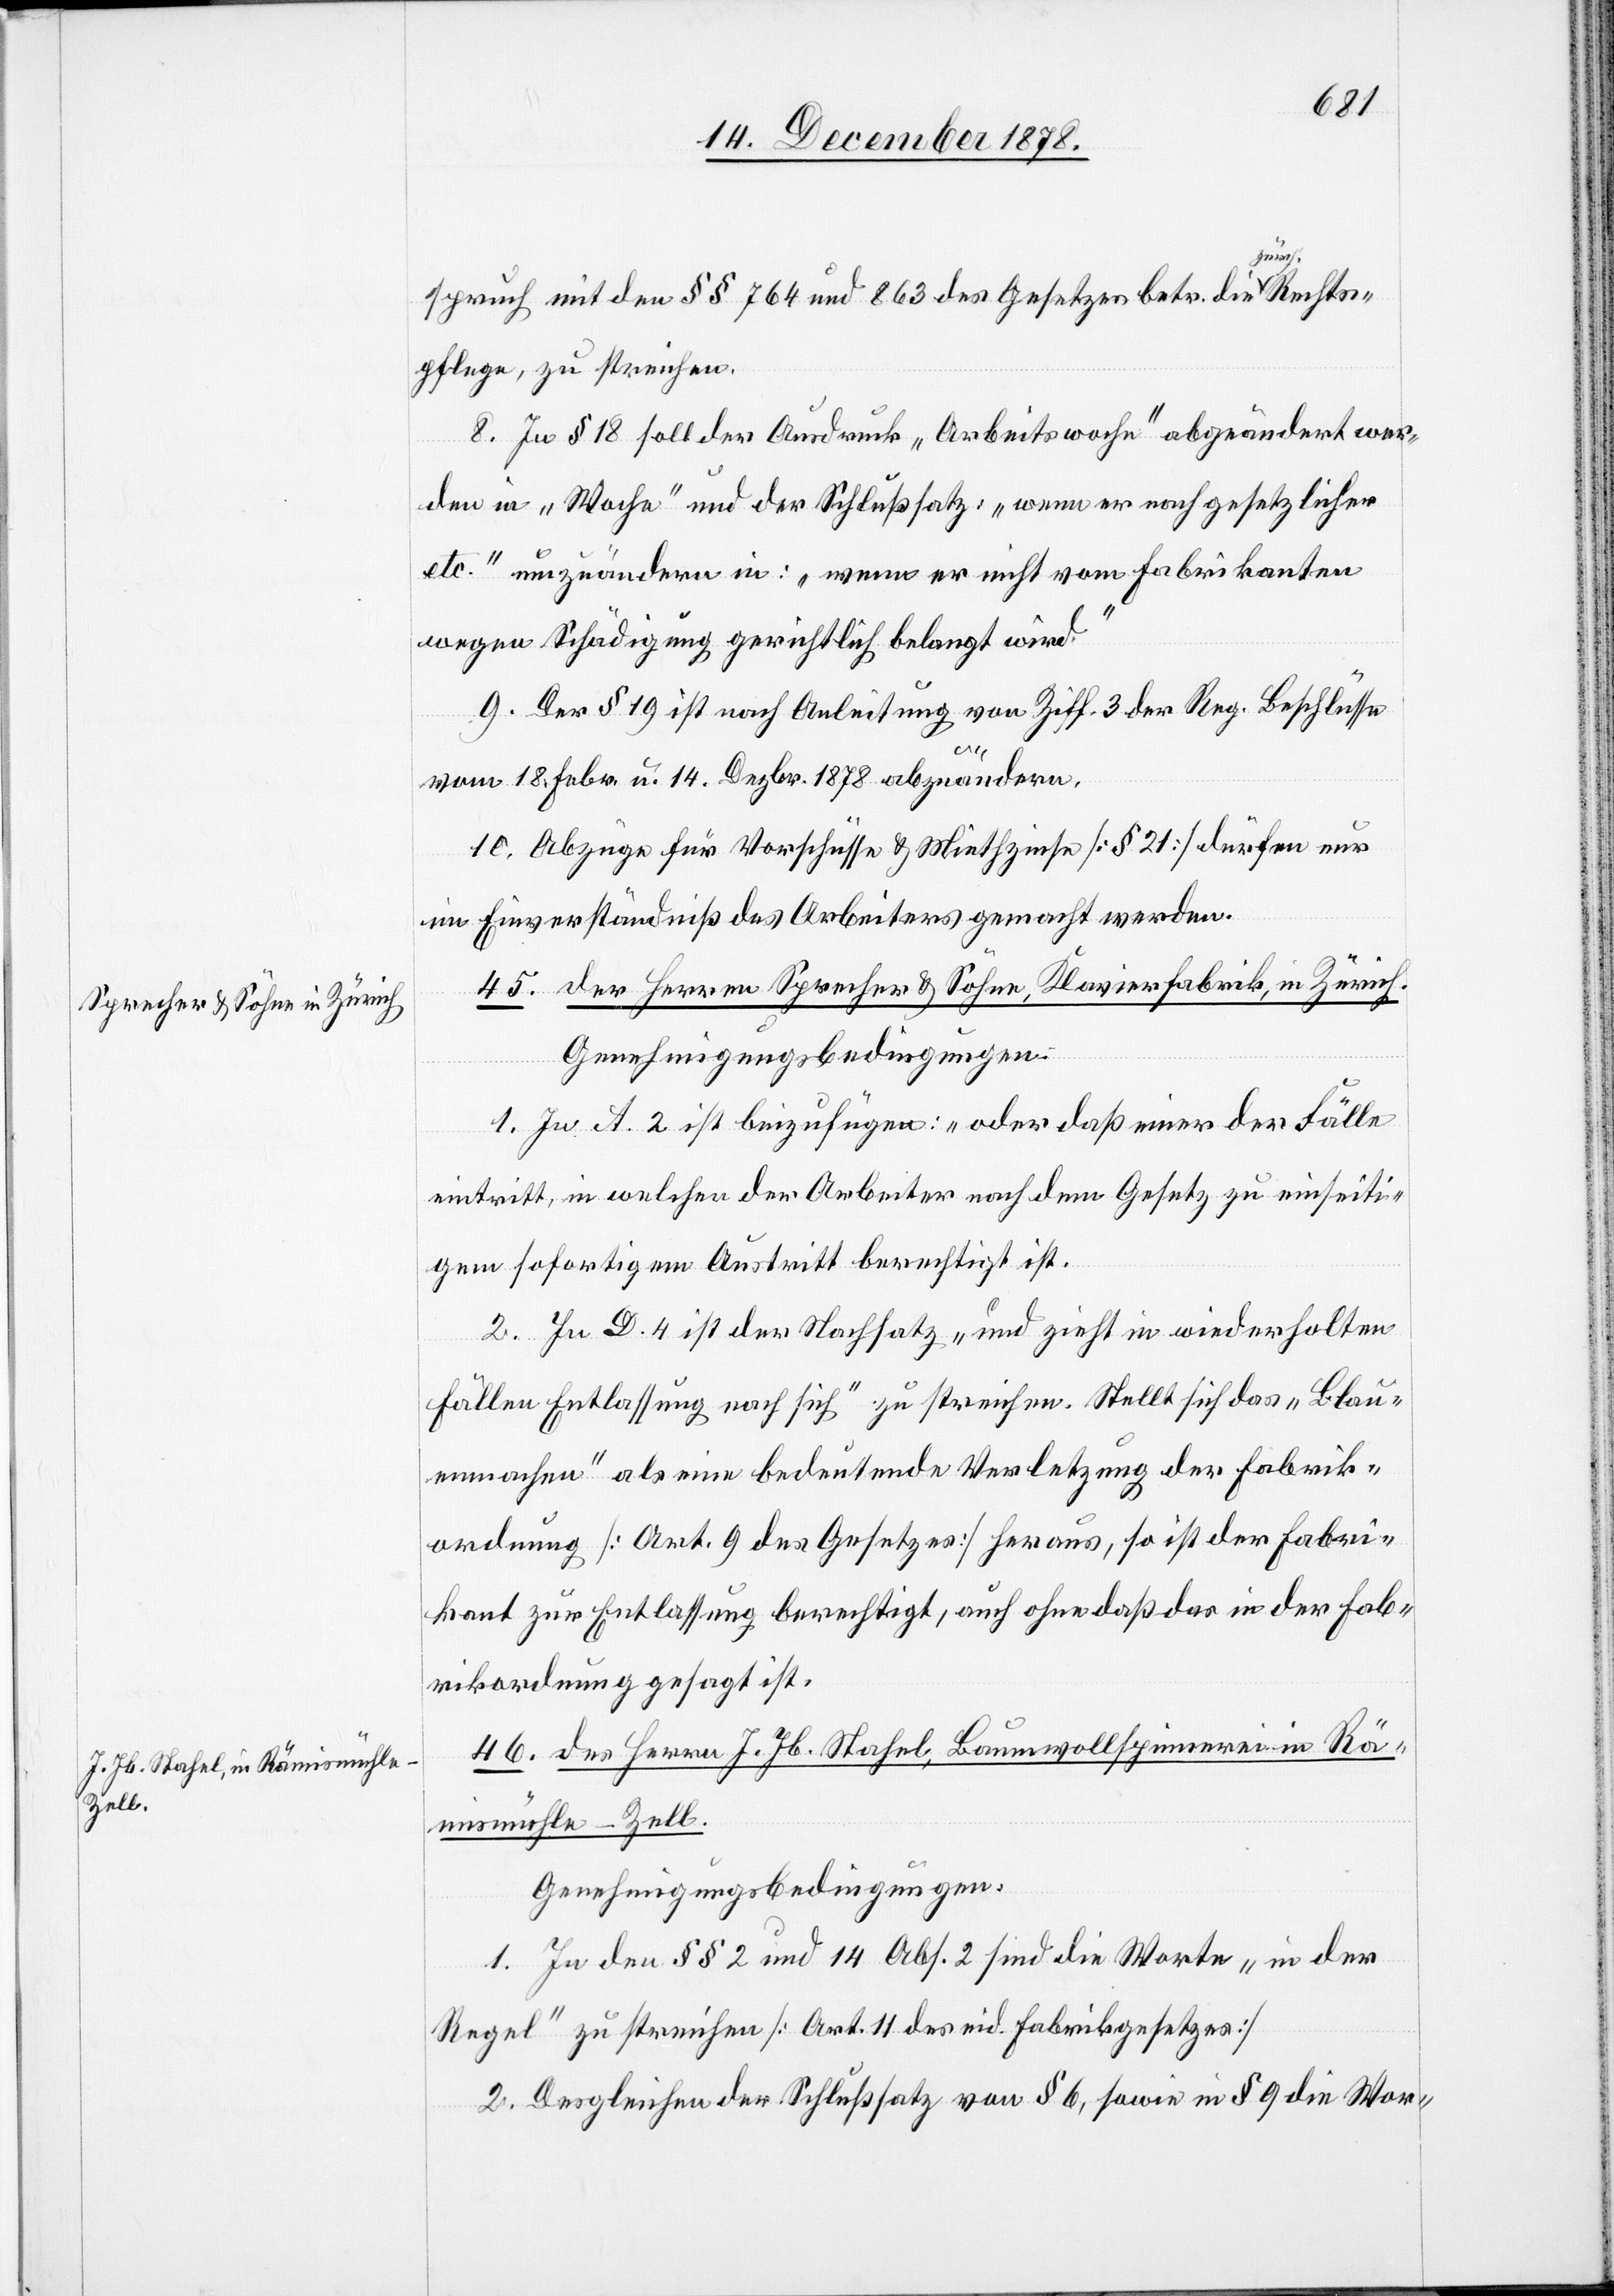
spruch mit den §§ 764 und 863 des Gesetzes betr. die zürch.
pflege, zu streichen.
8. In § 18 soll der Ausdruck „Arbeitswoche“ abgeändert wer¬
den in „Woche“ und der Schlußsatz, „wenn er nach gesetzlicher
etc.“ umzuändern in: „wenn er nicht vom Fabrikanten
wegen Schädigung gerichtlich belangt wird.“
9. Der § 19 ist nach Anleitung von Ziff. 3 der Reg. Beschlüsse
Rechts¬
vom 18. Febr. u. 14. Dezbr. 1878 abzuändern.
10. Abzüge für Vorschüsse & Miethzinse [§ 21] dürfen nur
im Einverständniß des Arbeiters gemacht werden.
45. des Herren Sprecher & Söhne, Klavierfabrik, in Zürich.
Genehmigungsbedingungen:
1. In A. 2 ist beizufügen: „oder daß einer der Fälle
eintritt, in welchen der Arbeiter nach dem Gesetz zu einseiti¬
gem sofortigem Austritt berechtigt ist.[“]
2. In D. 4 ist der Nachsatz „und zieht in wiederholten
Fällen Entlassung nach sich“ zu streichen. Stellt sich das „Blau¬
enmachen“ als eine bedeutende Verletzung der Fabrik¬
ordnung [Art. 9 des Gesetzes] heraus, so ist der Fabri¬
kant zur Entlassung berechtigt, auch ohne daß das in der Fab¬
rikordnung gesagt ist.
46. des Herren J. Jb. Stahel, Baumwollspinnerei in Rä¬
mismühle - Zell.
Genehmigungsbedingungen:
1. In den §§ 2 und 14 Abs. 2 sind die Worte „in der
Regel“ zu streichen [Art. 11 des eid. Fabrikgesetzes]
2. Desgleichen der Schlußsatz von § 6, sowie in § 9 die Wor-